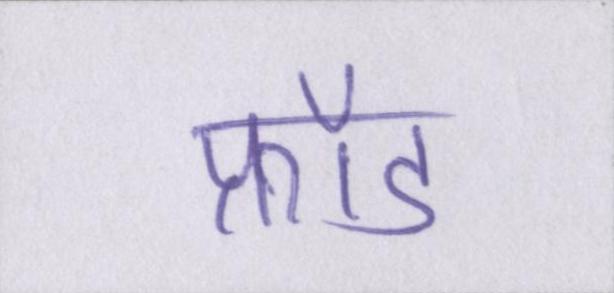
फ्रॉड